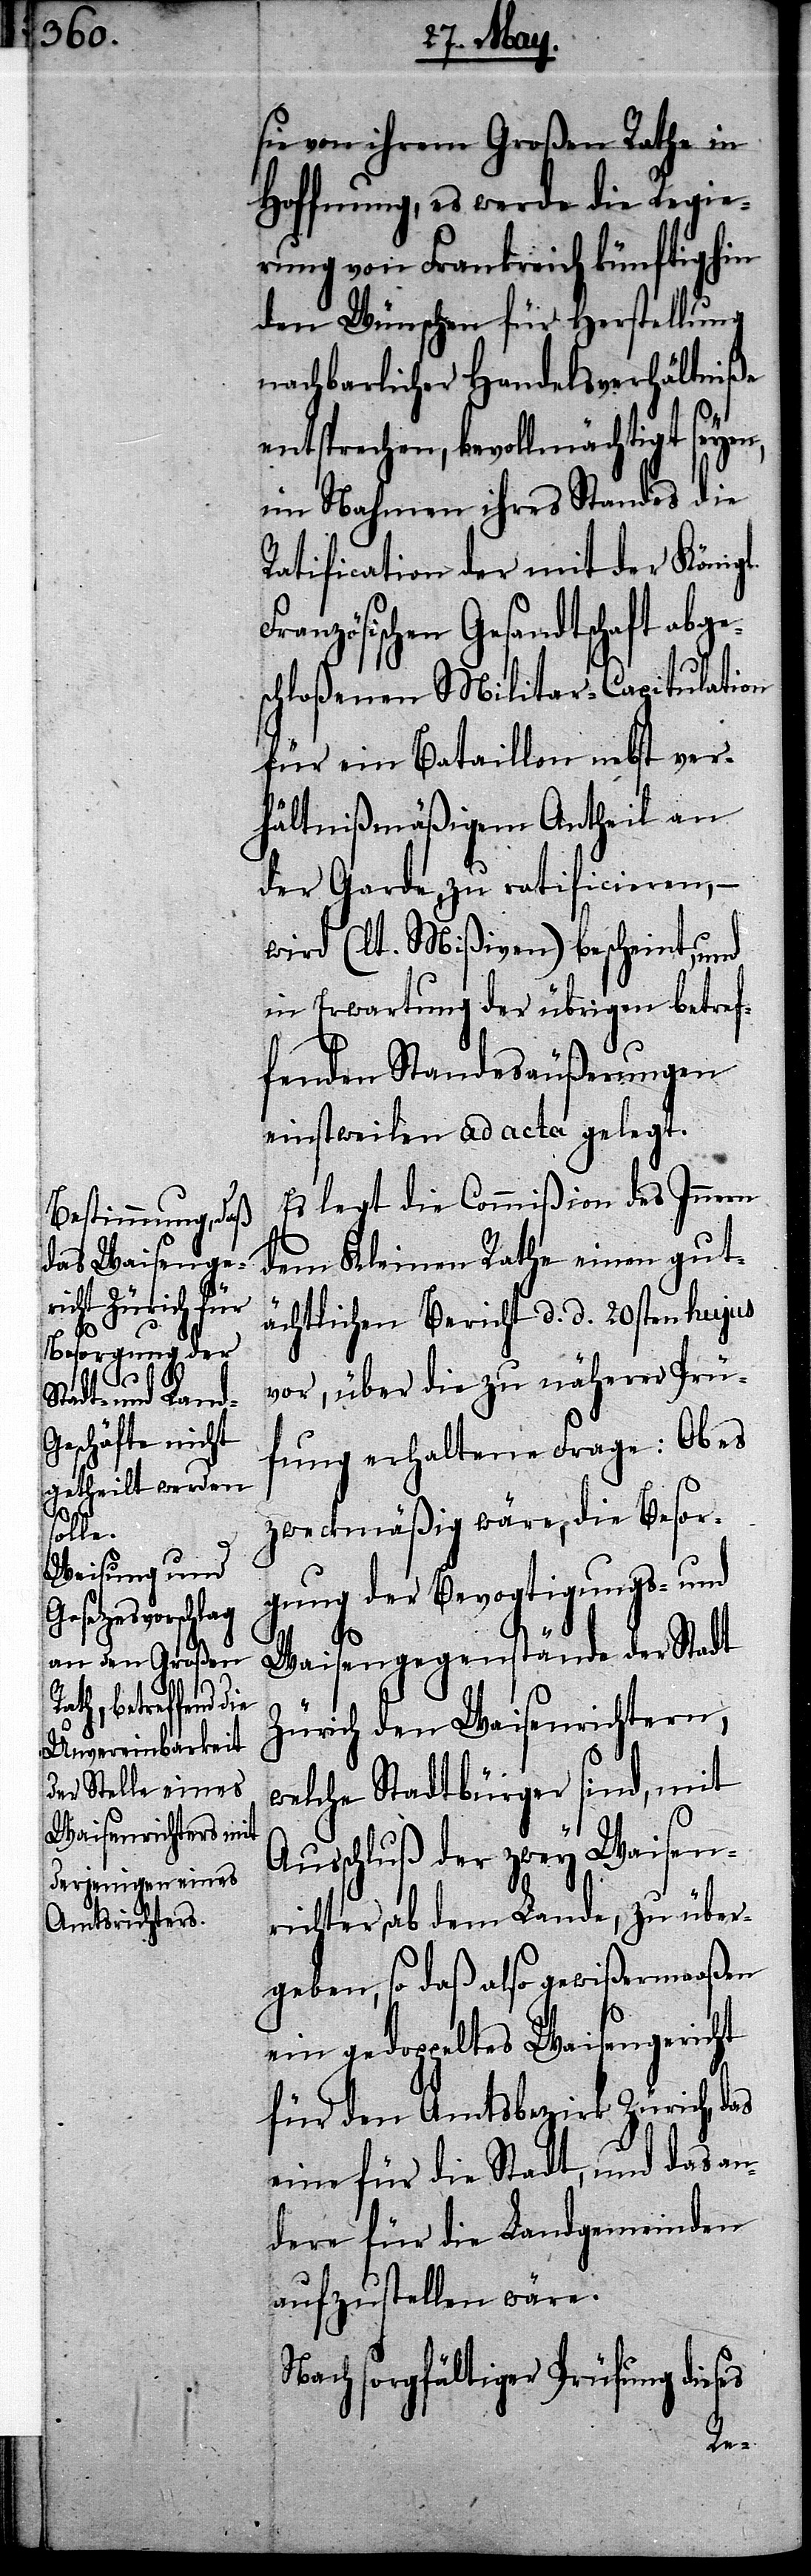
s¬
F¬

sie von ihrem Großen Rathe in
Hoffnung, es werde die Regie¬
rung von Frankreich künftighin
den Wünschen für Herstellung
nachbarlicher Handelsverhältniße
entsprechen, bevollmächtigt seyn,
im Nahmen ihres Standes die
Ratification der mit der Königl.
ranzösischen Gesandtschaft abge¬
chloßenen Militar-Capitulation
für ein Bataillon nebst ver¬
hältnißmäßigen Antheil an
der Garde, zu ratificieren, –
wird (lt. Mißiven) bescheint, und
in Erwartung der übrigen betref¬
fenden Standesäußerungen
einstweilen ad acta gelegt.
Es legt die Commißion des Innern
dem Kleinen Rathe einen gut¬
ächtlichen Bericht d. d. 20sten hujus
vor, über die zu näherer Prü¬
fung erhaltene Frage: Ob es
zweckmäßig wäre, die Besor¬
gung der Bevogtigungs- und
Waisengegenstände der Stadt
Zürich den Waisenrichtern,
welche Stadtbürger sind, mit
Ausschluß der zwey Waisen¬
richter, ob dem Lande, zu über¬
geben, so daß also gewißermaßen
ein gedoppeltes Waisengericht
für den Amtsbezirk Zürich, das
eine für die Stadt, und das an¬
dere für die Landgemeinden
aufzustellen wäre.
Nach sorgfältiger Prüfung dieses